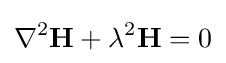
\nabla ^{2}\mathbf {H} +\lambda ^{2}\mathbf {H} =0